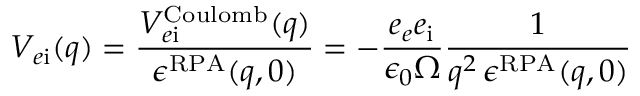
V _ { e \mathrm { i } } ( q ) = \frac { V _ { e \mathrm { i } } ^ { \mathrm { C o u l o m b } } ( q ) } { \epsilon ^ { \mathrm { R P A } } ( q , 0 ) } = - \frac { e _ { e } e _ { \mathrm { i } } } { \epsilon _ { 0 } \Omega } \frac { 1 } { q ^ { 2 } \, \epsilon ^ { \mathrm { R P A } } ( q , 0 ) }